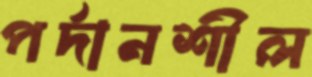
পর্দানশীল